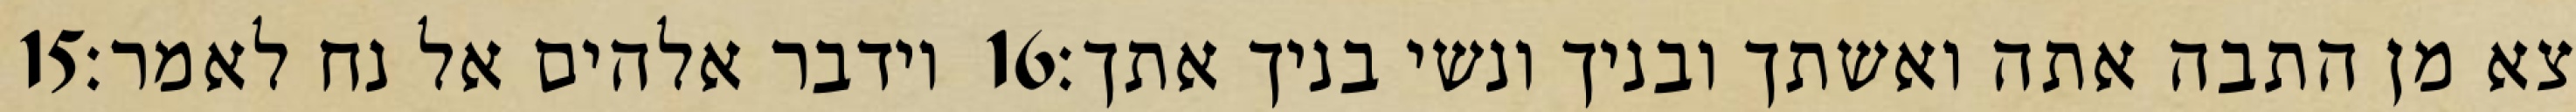
‎15‏ וידבר אלהים אל נח לאמר׃ ‎16‏ צא מן התבה אתה ואשתך ובניך ונשי בניך אתך׃